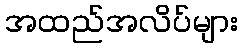
အထည်အလိပ်များ